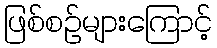
ဖြစ်စဉ်များကြောင့်